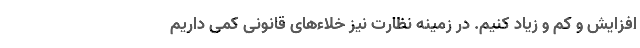
افزایش و کم و زیاد کنیم. در زمینه نظارت نیز خلاءهای قانونی کمی داریم